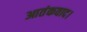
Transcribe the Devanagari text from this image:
आतंकवाद।